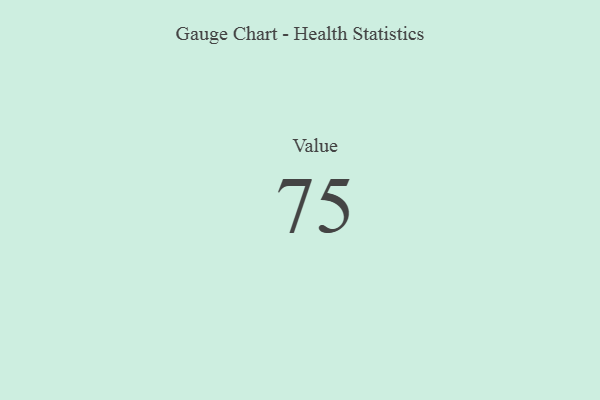
{"axis": {"x": "Metric", "y": "Value"}, "legend": [""], "data": [{"x": "Value", "y": 75, "type": ""}]}